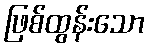
ဖြစ်ထွန်းသော